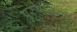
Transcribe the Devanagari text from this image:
पुरुषलिंगी